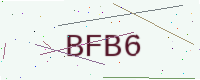
Text: BFB6